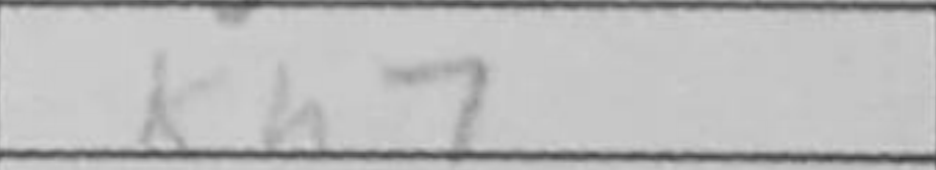
Transcription: Kh7